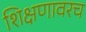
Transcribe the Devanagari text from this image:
शिक्षणावरच